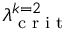
\lambda _ { \textrm { c r i t } } ^ { k = 2 }